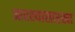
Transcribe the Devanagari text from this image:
आरश्यासारखा